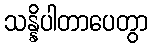
သန္နိပါတာပေတွာ